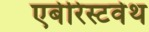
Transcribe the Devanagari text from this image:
एबेरिस्टवेथ